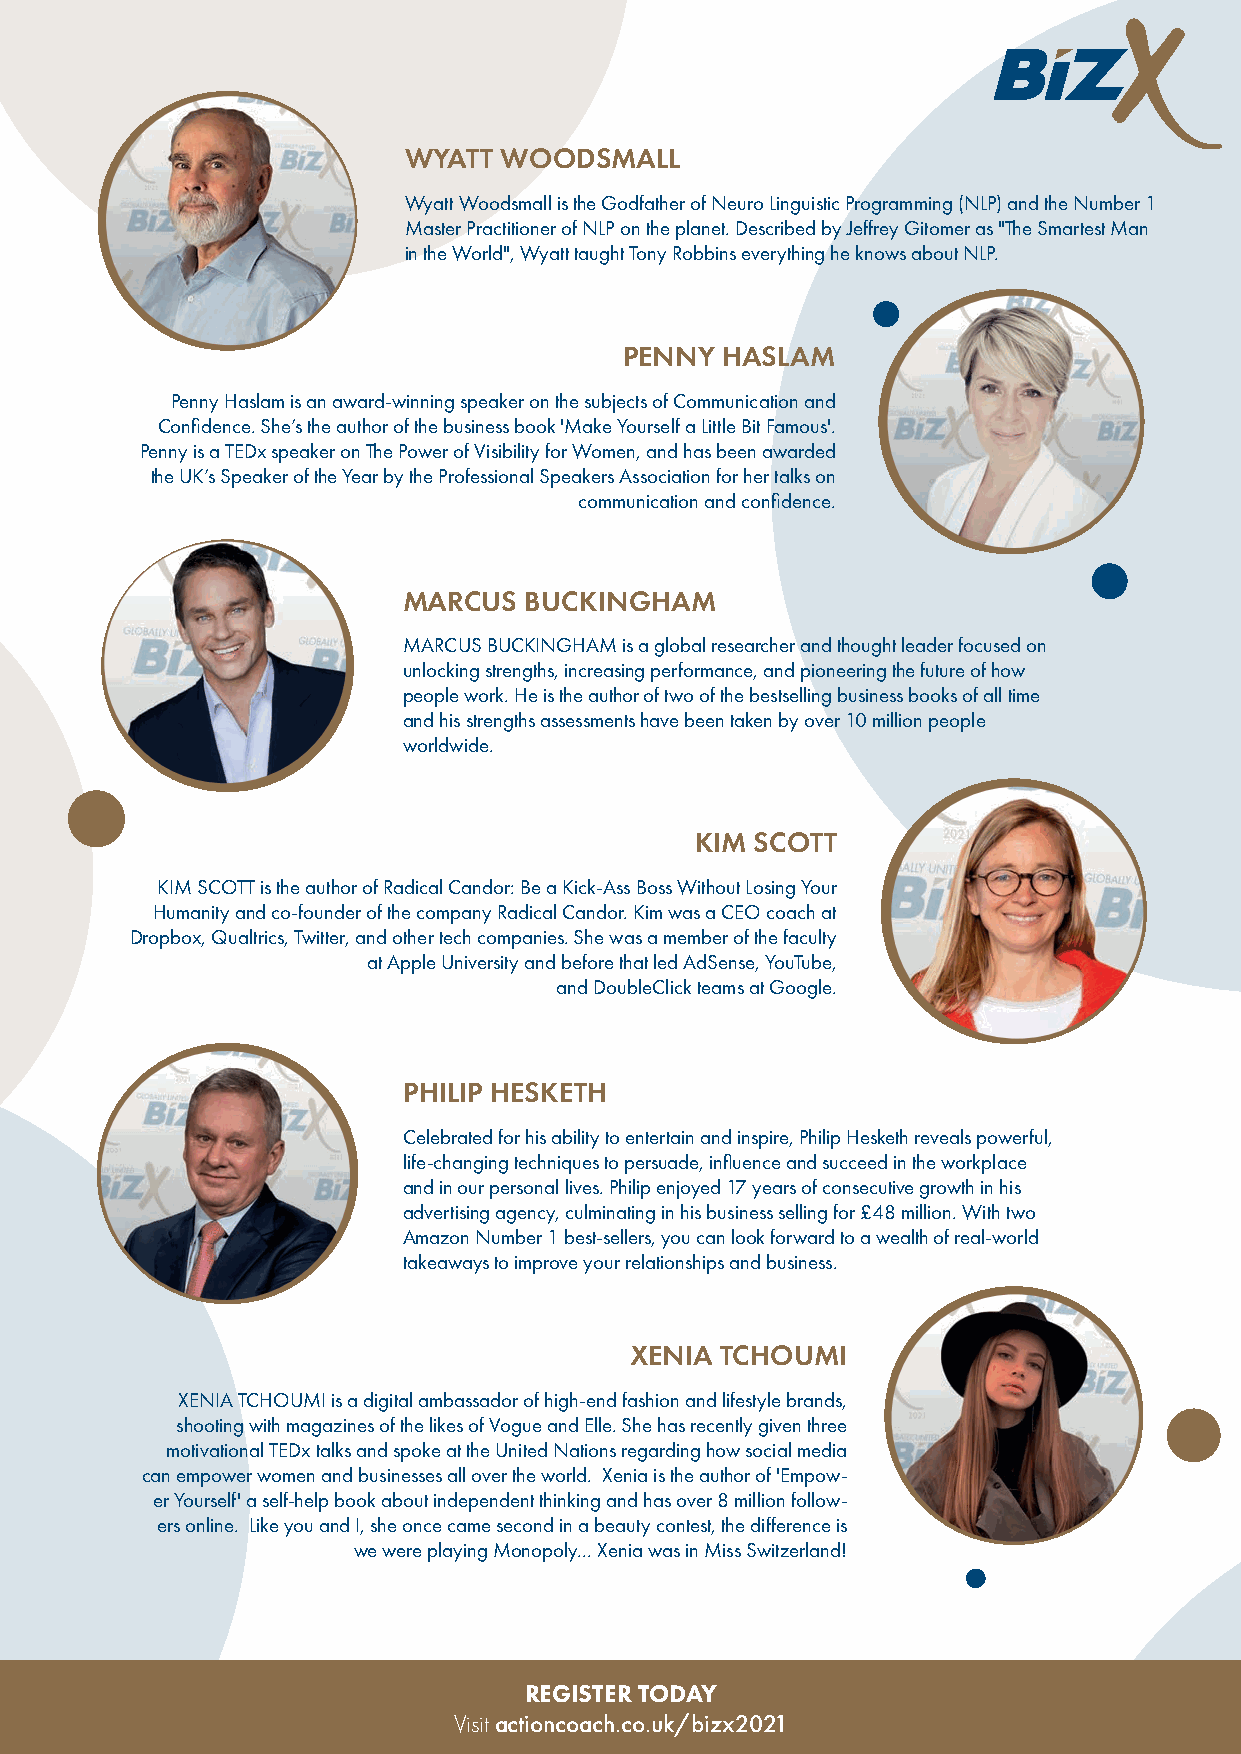
WYATT WOODSMALL
 Wyatt Woodsmall is the Godfather of Neuro Linguistic Programming (NLP) and the Number 1
 Master Practitioner of NLP on the planet. Described by Jeffrey Gitomer as "The Smartest Man
 in the World", Wyatt taught Tony Robbins everything he knows about NLP.
 PENNY  HASLAM
 Penny Haslam is an award-winning speaker on the subjects of Communication and
 Confidence. She’s the author of the business book 'Make Yourself a Little Bit Famous'.
 Penny is a TEDx speaker on The Power of Visibility for Women, and has been awarded
 the UK’s Speaker of the Year by the Professional Speakers Association for her talks on
 communication and confidence.
 MARCUS  BUCKINGHAM
 MARCUS BUCKINGHAM is a global researcher and thought leader focused on
 unlocking strengths, increasing performance, and pioneering the future of how
 people work. He is the author of two of the bestselling business books of all time
 and his strengths assessments have been taken by over 10 million people
 worldwide.
 KIM SCOTT
 KIM SCOTT is the author of Radical Candor: Be a Kick-Ass Boss Without Losing Your
 Humanity and co-founder of the company Radical Candor. Kim was a CEO coach at
 Dropbox, Qualtrics, Twitter, and other tech companies. She was a member of the faculty
 at Apple University and before that led AdSense, YouTube,
 and DoubleClick teams at Google.
 PHILIP HESKETH
 Celebrated for his ability to entertain and inspire, Philip Hesketh reveals powerful,
 life-changing techniques to persuade, influence and succeed in the workplace
 and in our personal lives. Philip enjoyed 17 years of consecutive growth in his
 advertising agency, culminating in his business selling for £48 million. With two
 Amazon Number 1 best-sellers, you can look forward to a wealth of real-world
 takeaways to improve your relationships and business.
 XENIA TCHOUMI
 XENIA TCHOUMI is a digital ambassador of high-end fashion and lifestyle brands,
 shooting with magazines of the likes of Vogue and Elle. She has recently given three
 motivational TEDx talks and spoke at the United Nations regarding how social media
 can empower women and businesses all over the world. Xenia is the author of 'Empow-
 er Yourself' a self-help book about independent thinking and has over 8 million follow-
 ers online. Like you and I, she once came second in a beauty contest, the difference is
 we were playing Monopoly... Xenia was in Miss Switzerland!
 REGISTER TODAY
 Visit actioncoach.co.uk/bizx2021